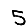
Digit: 5